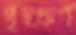
গৃহঋণ